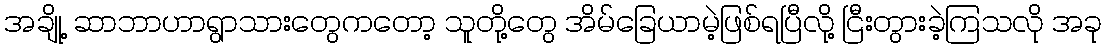
အချို့ ဆာဘာဟာရွာသားတွေကတော့ သူတို့တွေ အိမ်ခြေယာမဲ့ဖြစ်ရပြီလို့ ငြီးတွားခဲ့ကြသလို အခု